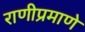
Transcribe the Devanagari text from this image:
राणीप्रमाणे